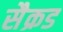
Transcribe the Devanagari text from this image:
सैक्रड